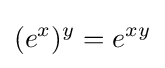
(e^{x})^{y}=e^{xy}